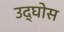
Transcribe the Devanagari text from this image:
उद्घोस